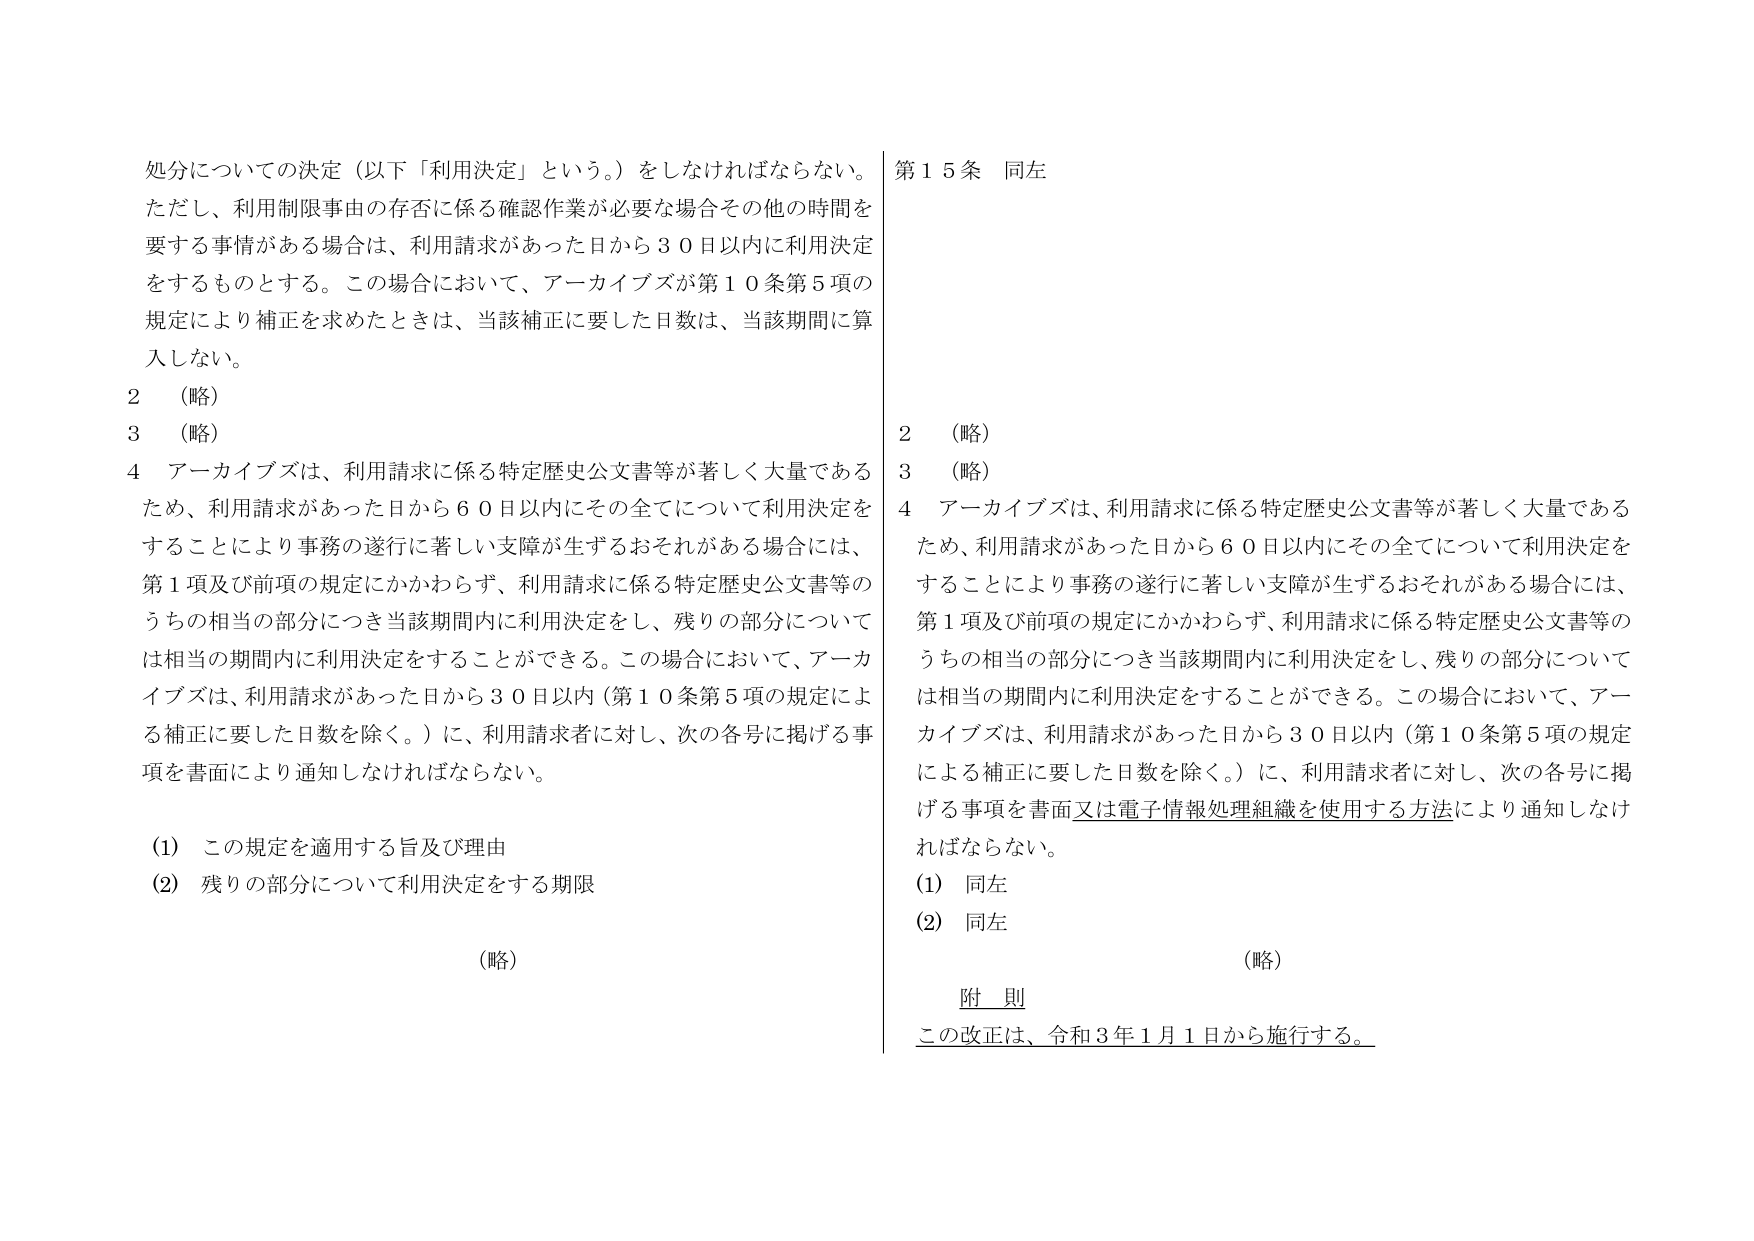
処分についての決定（以下「利用決定」という。）をしなければならない。
ただし、利用制限事由の存否に係る確認作業が必要な場合その他 の時間を
要する事情がある場合は、利用請求があった日から３０日以内に利用決定
をするものとする。この場合において、アーカイブズが第１０条第５項の
規定により補正を求めたときは、当該補正に要した日数は、当該期間に算
入しない。

２　（略）
３　（略）
４　アーカイブズは、利用請求に係る特定歴史公文書等が著しく大量である
ため、利用請求があった日から６０日以内にその全てについて利用決定を
することにより事務の遂行に著しい支障が生ずるおそれがある場合には、
第１項及び前項の規定にかかわらず、利用請求に係る特定歴史公文書等の
うちの相当の部分につき当該期間内に利用決定をし、残りの部分について
は相当の期間内に利用決定をすることができる。この場合において、アーカ
イブズは、利用請求があった日から３０日以内（第１０条第５項の規定によ
る補正に要した日数を除く。）に、利用請求者に対し、次の各号に掲げる事
項を書面により通知しなければならない。

（1）この規定を適用する旨及び理由
（2）残りの部分について利用決定をする期限

（略）

第１５条　同左

２　（略）
３　（略）
４　アーカイブズは、利用請求に係る特定歴史公文書等が著しく大量である
ため、利用請求があった日から６０日以内にその全てについて利用決定を
することにより事務の遂行に著しい支障が生ずるおそれがある場合には、
第１項及び前項の規定にかかわらず、利用請求に係る特定歴史公文書等の
うちの相当の部分につき当該期間内に利用決定をし、残りの部分について
は相当の期間内に利用決定をすることができる。この場合において、アーカ
イブズは、利用請求があった日から３０日以内（第１０条第５項の規定
による補正に要した日数を除く。）に、利用請求者に対し、次の各号に掲
げる事項を書面又は電子情報処理組織を使用する方法により通知しなけ
ればならない。

（1）同左
（2）同左

（略）

附 則
この改正は、令和３年１月１日から施行する。